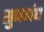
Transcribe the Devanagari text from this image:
सुनगंध